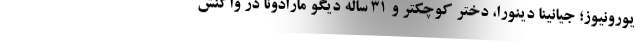
یورونیوز؛ جیانینا دینورا، دختر کوچکتر و ۳۱ ساله دیگو مارادونا در واکنش